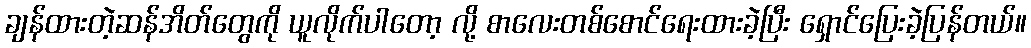
ချန်ထားတဲ့ဆန်အိတ်တွေကို ယူလိုက်ပါတော့ လို့ စာလေးတစ်စောင်ရေးထားခဲ့ပြီး ရှောင်ပြေးခဲ့ပြန်တယ်။